Vaccination in Bombay 1856-1862 - 1856-1862
Year: 1856
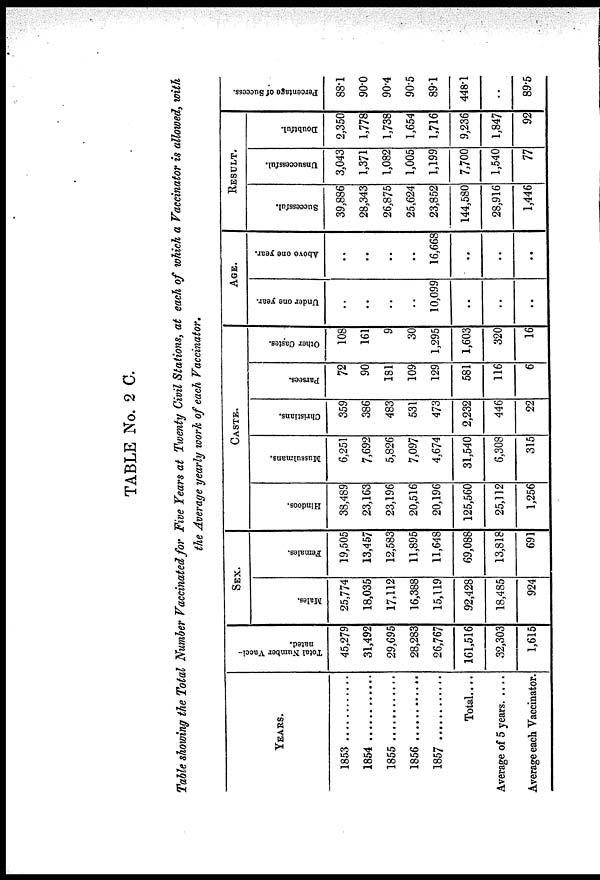
TABLE No. 2 C.
Table showing the Total Number Vaccinated for Five Years at Twenty Civil Stations, at each of which a Vaccinator is allowed, with
the Average yearly work of each Vaccinator.
YEARS.
1853
1854..........
1855..........
1856..........
1857..........
Total....
Average of 5 years.....
Average each Vaccinator.
Total Number Vacci-
nated.
45,279
31,492
29,695
28,283
26,767
161,516
32,303
1,615
SEX.
Males.
25,774
18,035
17,112
16,388
15,119
92,428
18,485
924
Females.
19,505
13,457
12,583
11,895
11,648
69,088
13,818
691
CASTE.
Hindoos.
38,489
23,163
23,196
20,516
20,196
125,560
25,112
1,256
Mussulmans.
6,251
7,692
5,826
7,097
4,674
31,540
6,308
315
Christians.
359
386
483
531
473
2,232
446
22
Parsees.
72
90
181
109
129
581
116
6
Other Castes.
108
161
9
30
1,295
1,603
320
16
AGE.
Under one year.
..
..
..
..
10,099
..
..
..
Above one year.
..
..
..
..
16,668
..
..
..
RESULT.
Successful.
39,886
28,343
26,875
25,624
23,852
144,580
28,916
1,446
Unsuccessful.
3,043
1,371
1,082
1,005
1,199
7,700
1,540
77
Doubtful.
2,350
1,778
1,738
1,654
1,716
9,236
1,847
92
Percentage of Success.
88.1
90.0
90.4
90.5
89.1
448.1
..
89.5